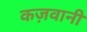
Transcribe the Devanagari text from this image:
कज़वानी